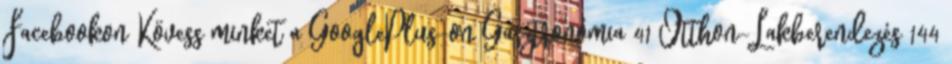
Facebookon Kövess minket a GooglePlus-on Gasztronómia 41 Otthon-Lakberendezés 144